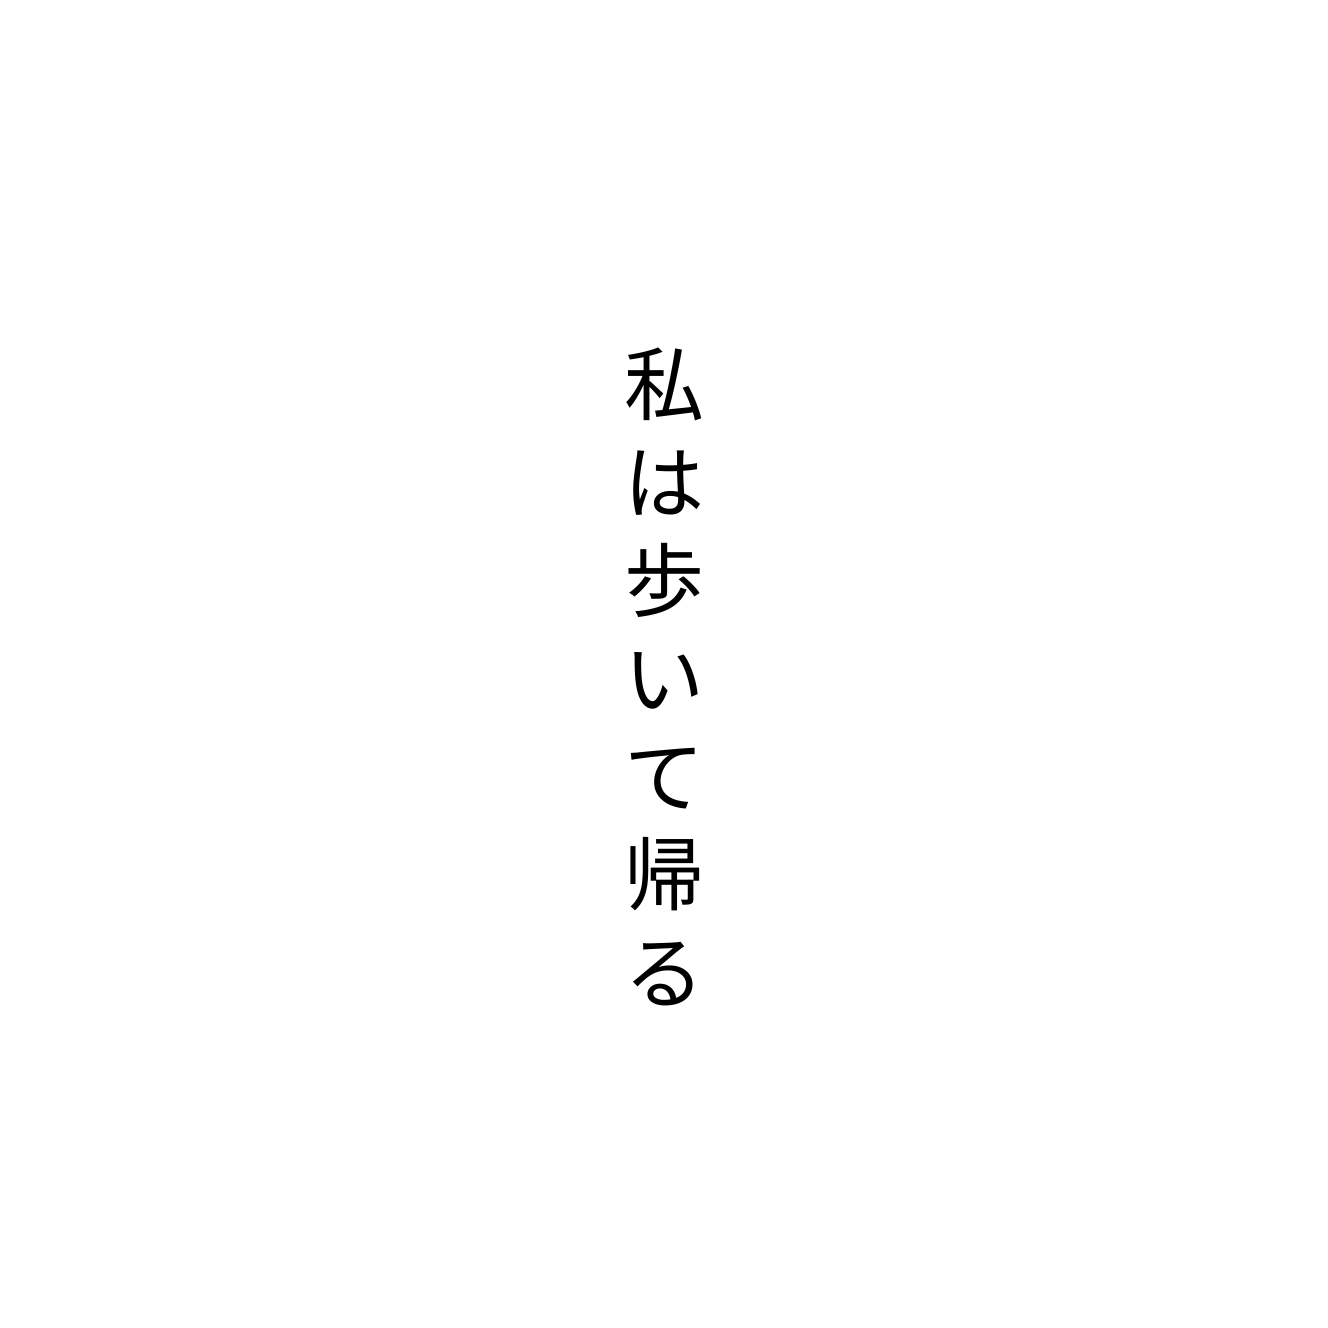
私は歩いて帰る